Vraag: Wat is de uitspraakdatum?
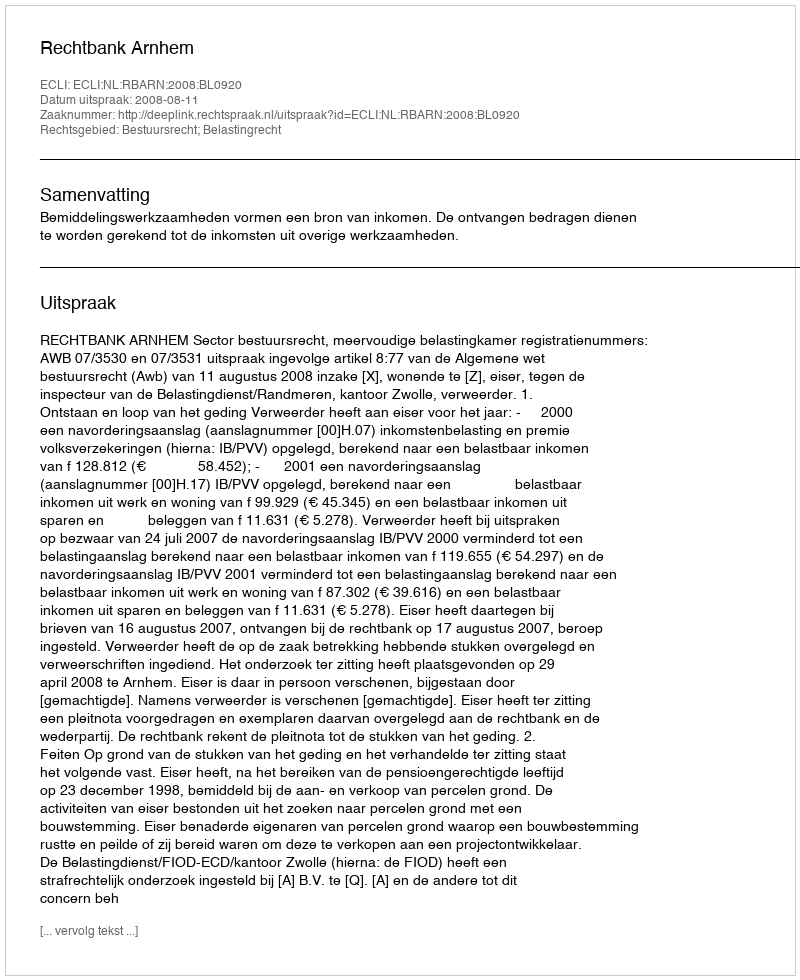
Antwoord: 2008-08-11